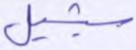
سيشيل